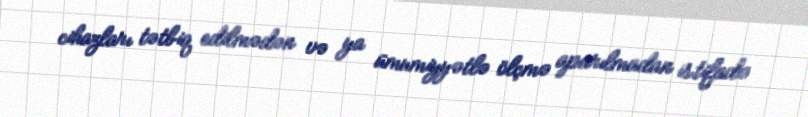
cihazları tətbiq edilmədən və ya ümumiyyətlə ölçmə aparılmadan istifadə